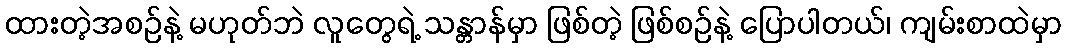
ထားတဲ့အစဉ်နဲ့ မဟုတ်ဘဲ လူတွေရဲ့ သန္တာန်မှာ ဖြစ်တဲ့ ဖြစ်စဉ်နဲ့ ပြောပါတယ်၊ ကျမ်းစာထဲမှာ